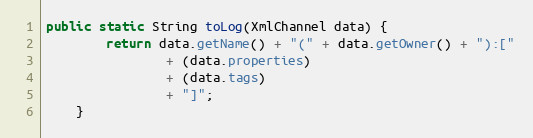
Language: Java
public static String toLog(XmlChannel data) {
        return data.getName() + "(" + data.getOwner() + "):["
                + (data.properties)
                + (data.tags)
                + "]";
    }